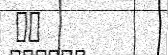
٦٦